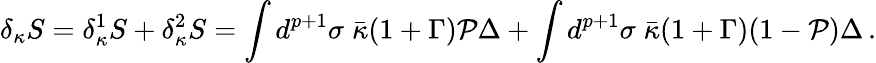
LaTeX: \delta_{\kappa}S=\delta_{\kappa}^{1}S+\delta_{\kappa}^{2}S=\int d^{p+1}\sigma\; \bar{\kappa}(1+\Gamma){\cal P}\Delta+\int d^{p+1}\sigma\; \bar{\kappa}(1+\Gamma)(1-{\cal P})\Delta\, .